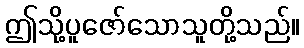
ဤသို့ပူဇော်သောသူတို့သည်။